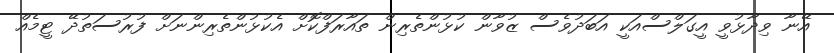
އޭނާ ވިދާޅުވީ އީގަލްސްއަކީ އަބަދުވެސް ޒުވާން ކުޅުންތެރިން ތައާރަފްކޮށް އެކުޅުންތެރިންނަށް ފުރުސަތުދޭ ޓީމެއް